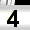
Digit: 4